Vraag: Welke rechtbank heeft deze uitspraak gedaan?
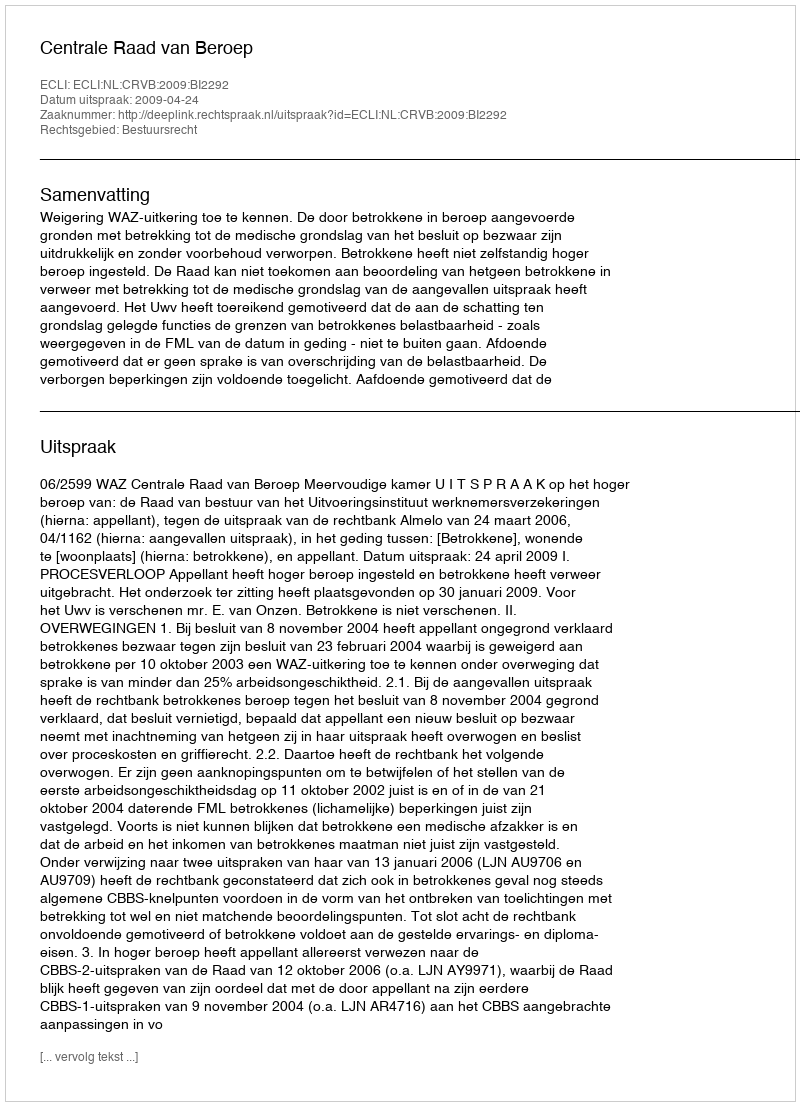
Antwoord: Centrale Raad van Beroep